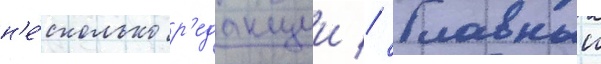
н'е́сколько р'едакции // Главныи